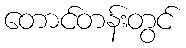
တောင်တန်းတွင်